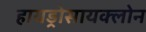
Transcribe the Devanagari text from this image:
हायड्रोसायक्लोन